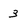
Character: 3